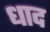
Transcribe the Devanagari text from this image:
धाद